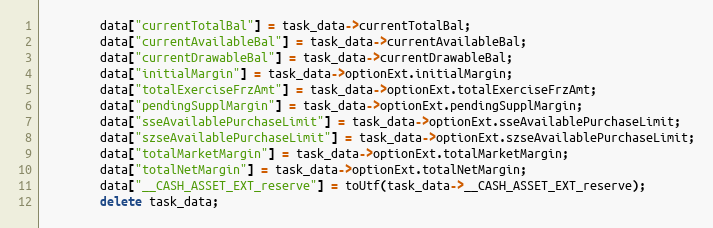
Language: C++
		data["currentTotalBal"] = task_data->currentTotalBal;
		data["currentAvailableBal"] = task_data->currentAvailableBal;
		data["currentDrawableBal"] = task_data->currentDrawableBal;
		data["initialMargin"] = task_data->optionExt.initialMargin;
		data["totalExerciseFrzAmt"] = task_data->optionExt.totalExerciseFrzAmt;
		data["pendingSupplMargin"] = task_data->optionExt.pendingSupplMargin;
		data["sseAvailablePurchaseLimit"] = task_data->optionExt.sseAvailablePurchaseLimit;
		data["szseAvailablePurchaseLimit"] = task_data->optionExt.szseAvailablePurchaseLimit;
		data["totalMarketMargin"] = task_data->optionExt.totalMarketMargin;
		data["totalNetMargin"] = task_data->optionExt.totalNetMargin;
		data["__CASH_ASSET_EXT_reserve"] = toUtf(task_data->__CASH_ASSET_EXT_reserve);
		delete task_data;